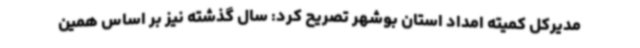
مدیرکل کمیته امداد استان بوشهر تصریح کرد: سال گذشته نیز بر اساس همین